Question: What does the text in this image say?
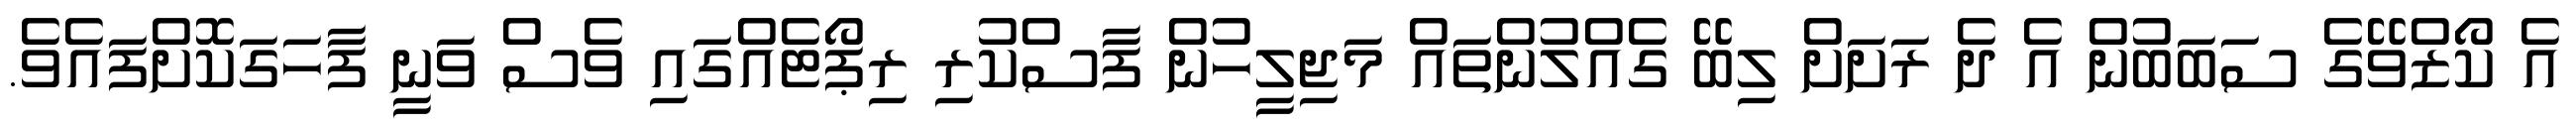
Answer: އެ ކޯޒްވޭގެ ސަބަބުން އެ ދެ ރަށަށް ލިބޭ ގެއްލުންތައް މަޖިލީހުން ފާސްކުރި ރިޕޯޓެއްގައި ވެސް ވަނީ ފާހަގަކޮށްފައެވެ.